Report on lock hospitals in British Burma
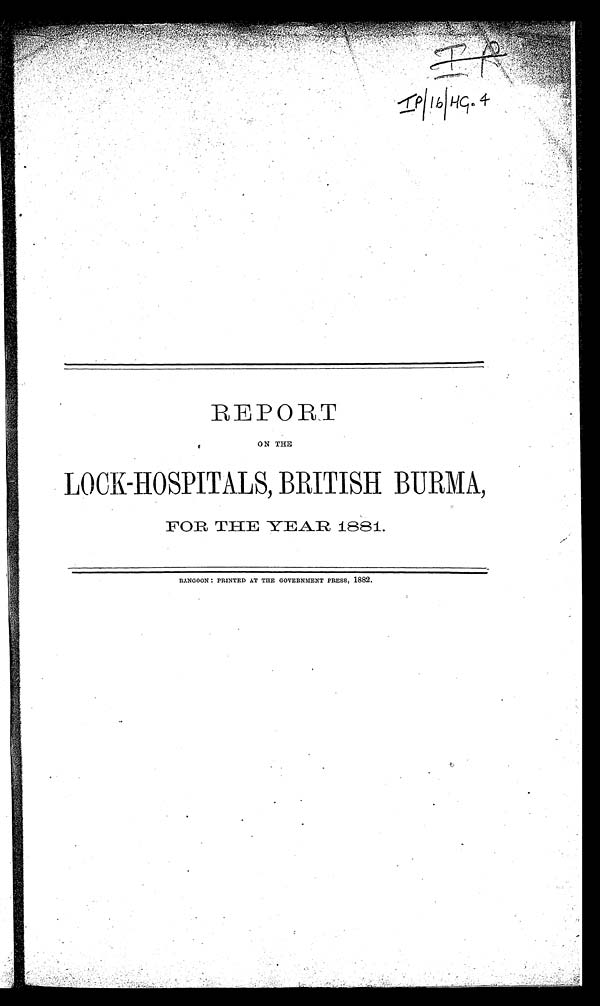
IP/16/HG.4 4-
REPORT
ON THE
LOCK-HOSPITALS, BRITISH BURMA ,
FOR THE YEAR 1881.
RANGOON : PRINTED AT THE GOVERNMENT PRESS, 1882.